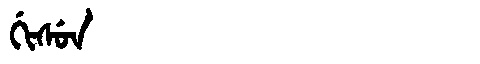
Manchu: ᡤᡳᠰᡠᠨ
Romanization: GISUN